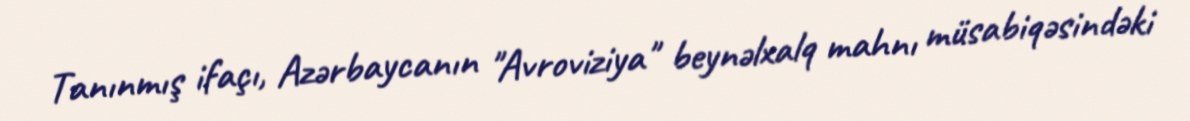
Tanınmış ifaçı, Azərbaycanın "Avroviziya" beynəlxalq mahnı müsabiqəsindəki